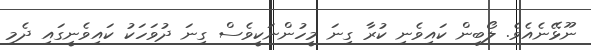
ނޫޅޭނެއެވެ. ލޯބިން ކައިވެނި ކުރާ ގިނަ މީހުންނަކީވެސް ގިނަ ދުވަހަކު ކައިވެނީގައި ދެމި